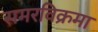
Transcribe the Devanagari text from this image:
समरविक्रमा